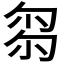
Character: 𠣧